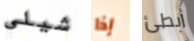
شيلي إذا أبطئ